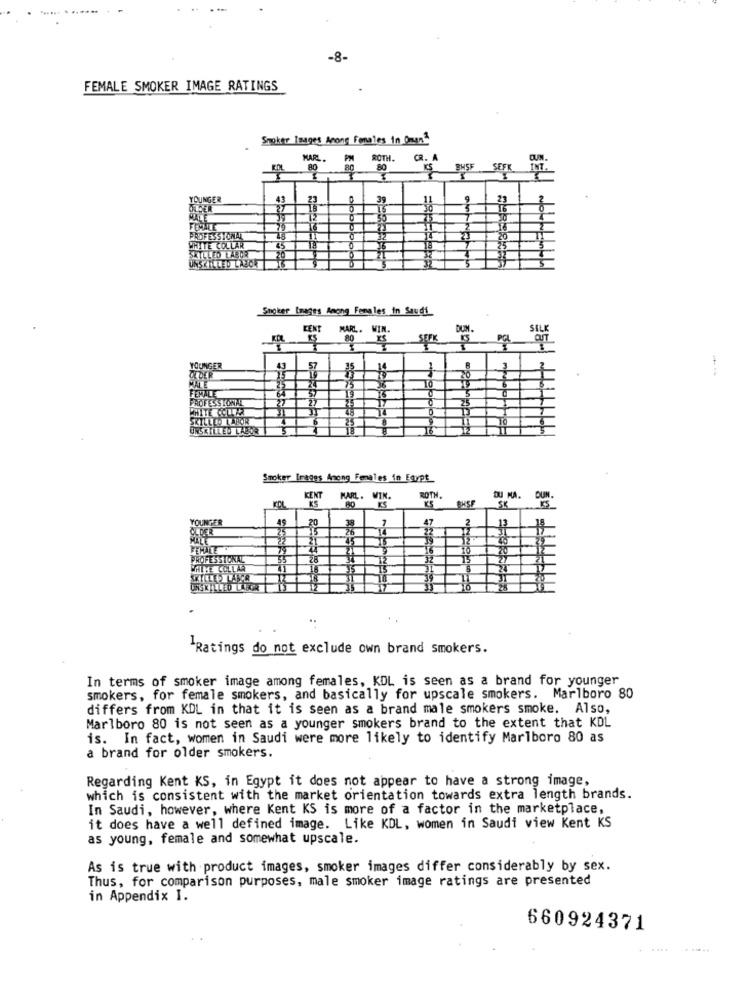
-8-
FEMALE SMOKER IMAGE RATINGS
Smoker Images Anong Females in Oman"
MARL.
ROTH.
CR. A
80
80
BHSE
SEFK
YOUNGER
PROFESSIONAL
WHITE COLLAR
SKILLED LABOR
UNSKILLED LAJOK
Smoker Images Among Females in Saudi
KENT MARL. WI
DUN
SILE
80
SEFK
--
FEMALE
PROFESSIONAL
SKILLED LABOR
UNSKILLED LABOR
Smoker Trages Anong Females in Egypt
KENT
MARL. WIN.
ROTH.
DU MA.
SK
BUN
KS
KS BHSF
20
ESSTON
Ratings do not exclude own brand smokers.
In terms of smoker image among females, KDL is seen as a brand for younger
smokers, for female smokers, and basically for upscale smokers. Marlboro 80
differs from KDL in that it is seen as a brand male smokers smoke. Also,
Marlboro 80 is not seen as a younger smokers brand to the extent that KDL
is. In fact, women in Saudi were more likely to identify Marlboro 80 as
a brand for older smokers.
Regarding Kent KS, in Egypt it does not appear to have a strong image,
which is consistent with the market orientation towards extra length brands.
In Saudi, however, where Kent KS is more of a factor in the marketplace,
it does have a well defined image. Like KDL, women in Saudi view Kent KS
as young, female and somewhat upscale.
As is true with product images, smoker images differ considerably by sex.
Thus, for comparison purposes, male smoker image ratings are presented
in Appendix I.
660924371